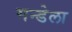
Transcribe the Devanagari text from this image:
मन्डेला